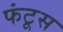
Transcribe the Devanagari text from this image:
फंटूस